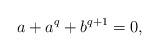
LaTeX: \begin{align*}a+a^q+b^{q+1}=0,\end{align*}